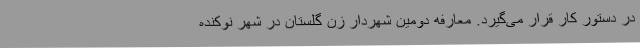
در دستور کار قرار می‌گیرد. معارفه دومین شهردار زن گلستان در شهر نوکنده